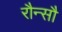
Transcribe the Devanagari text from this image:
रौन्सौ